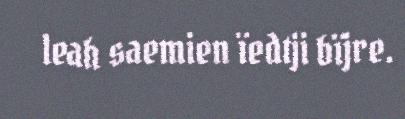
leah saemien ïedtji bïjre.